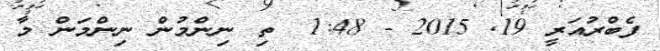
ފެބްރުއަރީ 19